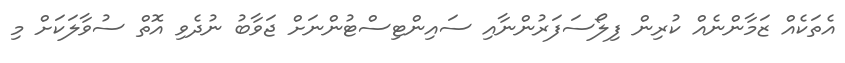
އެތަކެއް ޒަމާންނެއް ކުރިން ފިލޯސަފަރުންނާއި ސައިންޓިސްޓުންނަށް ޖަވާބު ނުދެވި އޮތް ސުވާލަކަށް މި